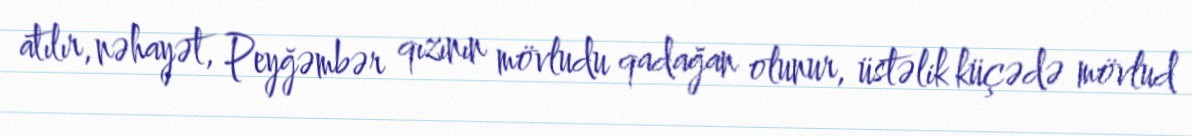
atılır, nəhayət, Peyğəmbər qızının mövludu qadağan olunur, üstəlik küçədə mövlud